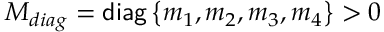
{ \cal M } _ { d i a g } = { \sf d i a g } \left\{ m _ { 1 } , m _ { 2 } , m _ { 3 } , m _ { 4 } \right\} > 0